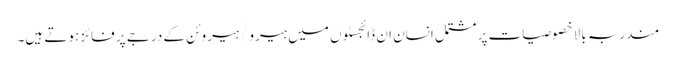
مندربہ بالا خصوصیات پر مشتمل انسان ان ڈائجسٹوں میں ہیرو/ہیروئن کے درجے پر فائز ہوتے ہیں۔